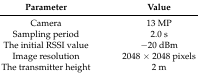
| Parameter | Value |
 | --- | --- |
 | Camera | 13 MP |
 | Sampling period | 2.0 s |
 | The initial RSSI value | −20 dBm |
 | Image resolution | 2048 × 2048 pixels |
 | The transmitter height | 2 m |